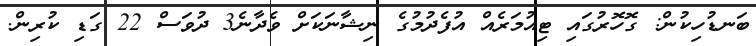
ބަނޑުހިކުން: ގޮހޮރުގައި ޓިއުމަރެއް އުފެދުމުގެ ނިޝާނަކަށް ވެދާނެ3 ދުވަސް 22 ގަޑި ކުރިން.